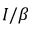
I / \beta